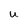
Character: U